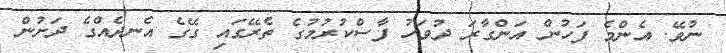
ނުވޭ. އެންމެ ފަހުން އަންގާރަ ދުވަހު ފާސްކުރުމުގެ ތެރޭގައި ގޭގެ އެނދެއްގެ ދަށުން